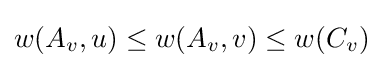
w(A_{v},u)\leq w(A_{v},v)\leq w(C_{v})